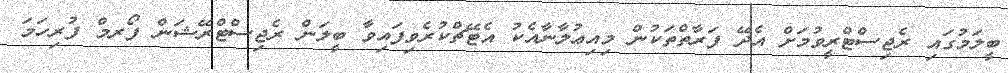
ބީލަމުގައި ރެޖިސްޓްރީވުމަށް އެދޭ ފަރާތްތަކުން މިއިޢުލާނާއެކު އެޓޭޗްކުރެވިފައިވާ ބީލަން ރެޖިސްޓްރޭޝަން ފޯރމް ފުރިހަމަ